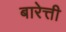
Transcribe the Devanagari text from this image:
बारेत्ती